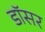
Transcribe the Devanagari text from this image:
डॉसर